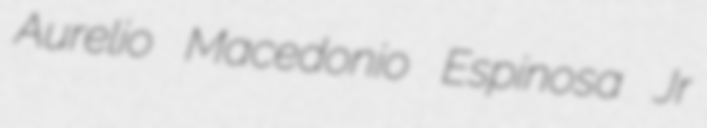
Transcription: Aurelio Macedonio Espinosa Jr